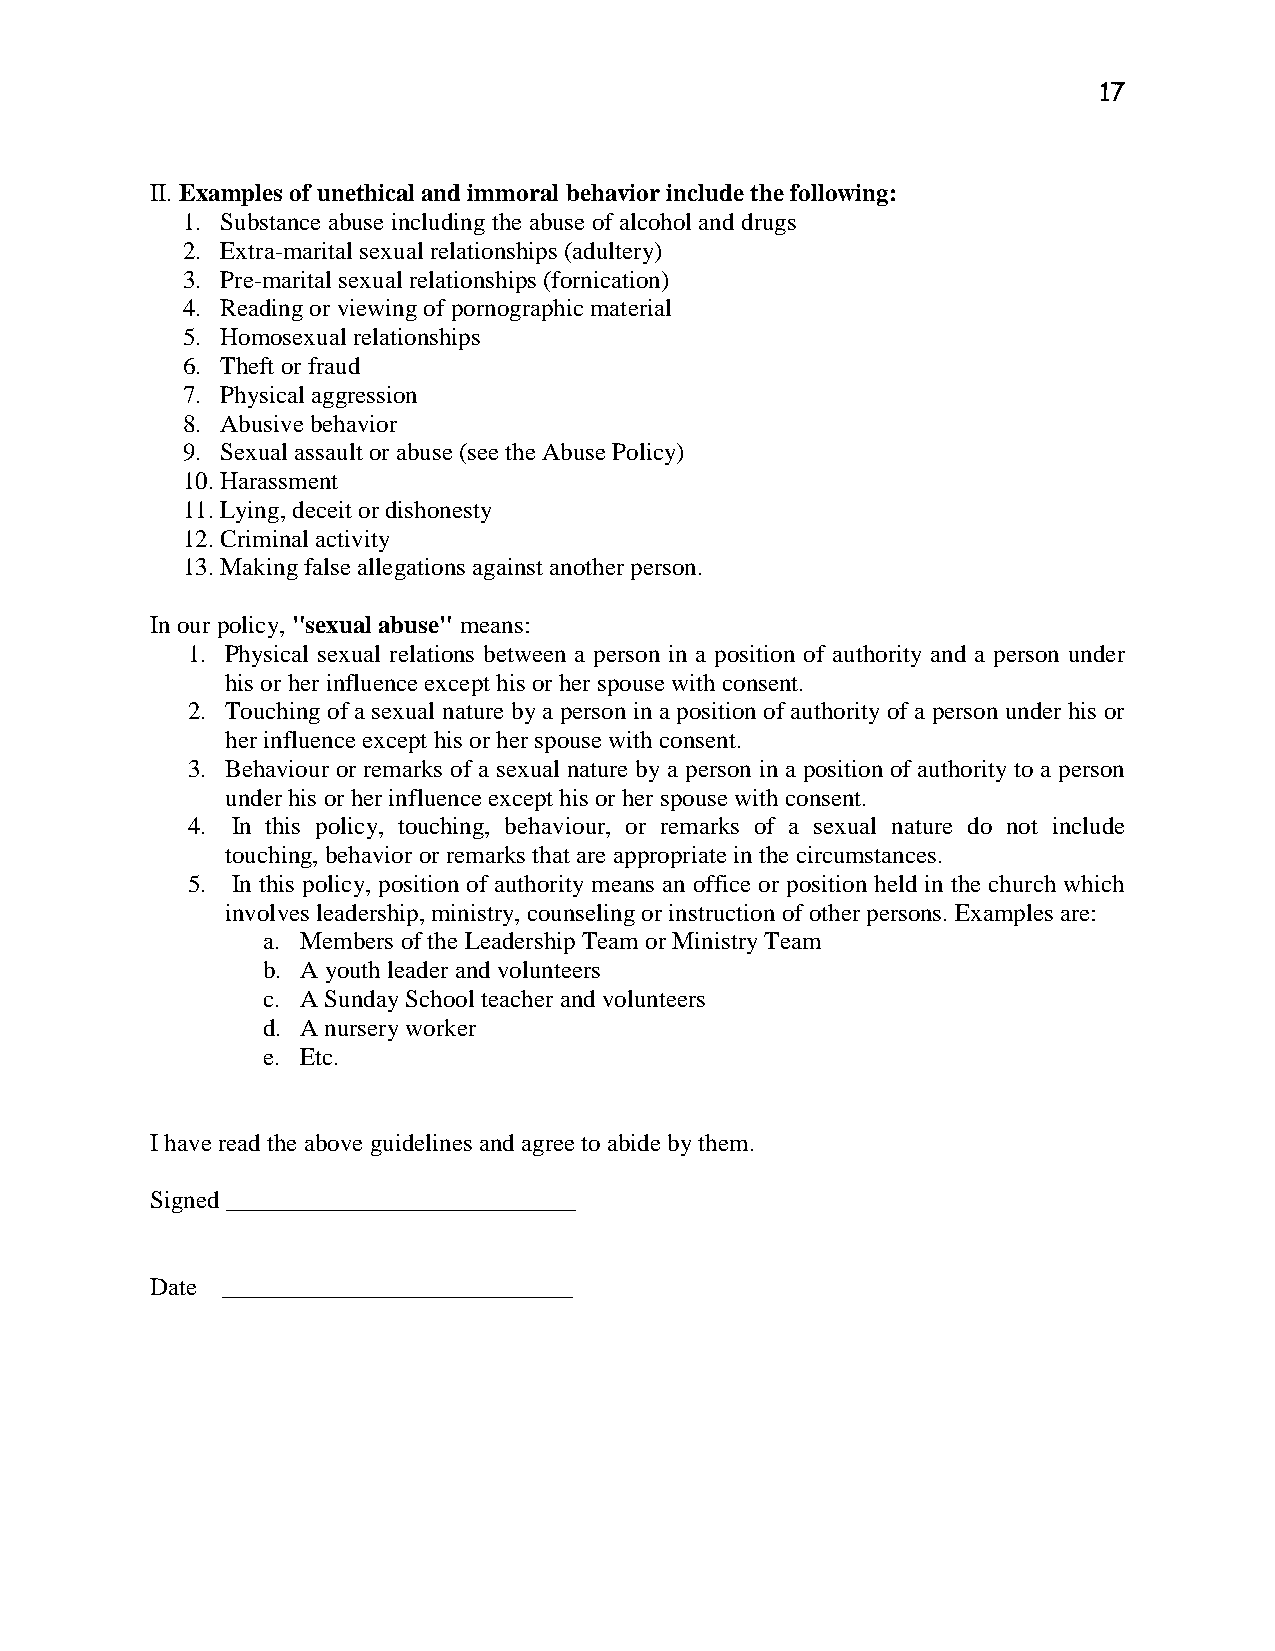
17
 II. Examples of unethical and immoral behavior include the following:
 1. Substance abuse including the abuse of alcohol and drugs
 2. Extra-marital sexual relationships (adultery)
 3. Pre-marital sexual relationships (fornication)
 4. Reading or viewing of pornographic material
 5. Homosexual relationships
 6. Theft or fraud
 7. Physical aggression
 8. Abusive behavior
 9. Sexual assault or abuse (see the Abuse Policy)
 10. Harassment
 11. Lying, deceit or dishonesty
 12. Criminal activity
 13. Making false allegations against another person.
 In our policy, "sexual abuse" means:
 1. Physical sexual relations between a person in a position of authority and a person under
 his or her influence except his or her spouse with consent.
 2. Touching of a sexual nature by a person in a position of authority of a person under his or
 her influence except his or her spouse with consent.
 3. Behaviour or remarks of a sexual nature by a person in a position of authority to a person
 under his or her influence except his or her spouse with consent.
 4. In this policy, touching, behaviour, or remarks of a sexual nature do not include
 touching, behavior or remarks that are appropriate in the circumstances.
 5. In this policy, position of authority means an office or position held in the church which
 involves leadership, ministry, counseling or instruction of other persons. Examples are:
 a. Members of the Leadership Team or Ministry Team
 b. A youth leader and volunteers
 c. A Sunday School teacher and volunteers
 d. A nursery worker
 e. Etc.
 I have read the above guidelines and agree to abide by them.
 Signed ____________________________
 Date ____________________________